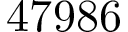
4 7 9 8 6